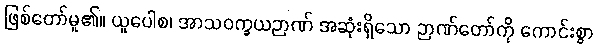
ဖြစ်တော်မူ၏။ ယူပေါစ၊ အာသဝက္ခယဉာဏ် အဆုံးရှိသော ဉာဏ်တော်ကို ကောင်းစွာ